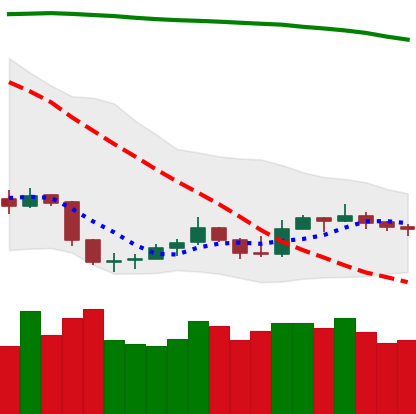
Ticker: LTC-USD
Chart end date: 2019-09-13
Forward return: 13.017%
Label: up_7plus